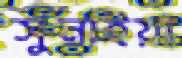
সুনাইয়া